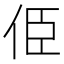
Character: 𠈄